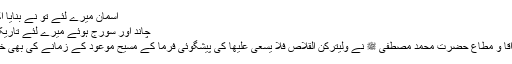
آسمان میرے لئے تو نے بنایا اک گواہ
چاند اور سورج ہوئے میرے لئے تاریک وتار
میرے آقا و مطاع حضرت محمد مصطفی ﷺ نے ولَیُترکُنَّ القِلاصُ فَلا یُسْعیٰ عَلَیھا کی پیشگوئی فرما کے مسیح موعودؑ کے زمانے کی بھی خبر دی۔